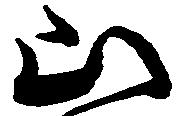
山